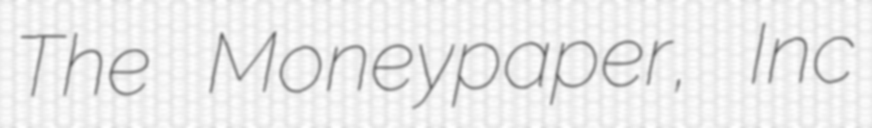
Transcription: The Moneypaper, Inc